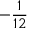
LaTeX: - { \frac { 1 } { 1 2 } }